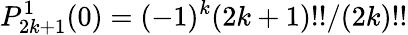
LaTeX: P_{2k+1}^{1}(0)=(-1)^{k}{(2k+1)!!}/{(2k)!!}